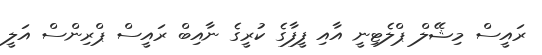
ރައީސް މިޝޭލް ޕްލެޓިނީ އާއި ފީފާގެ ކުރީގެ ނާއިބް ރައީސް ޕްރިންސް އަލީ